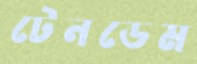
টেনডেম